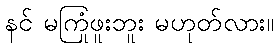
နင် မကြုံဖူးဘူး မဟုတ်လား။